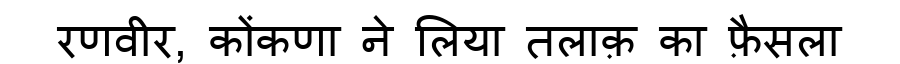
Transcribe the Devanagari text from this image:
रणवीर, कोंकणा ने लिया तलाक़ का फ़ैसला